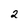
Character: 2